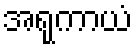
အရုကာယံ